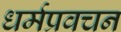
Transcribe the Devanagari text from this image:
धर्मप्रवचन